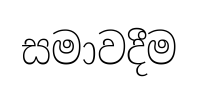
සමාවදීම